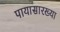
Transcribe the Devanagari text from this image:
पायासारख्या